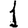
Digit: 1